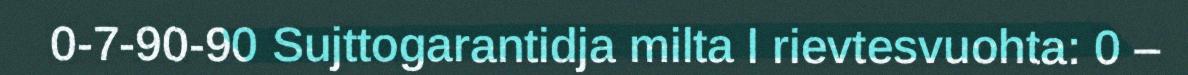
0-7-90-90 Sujttogarantidja milta l rievtesvuohta: 0 –